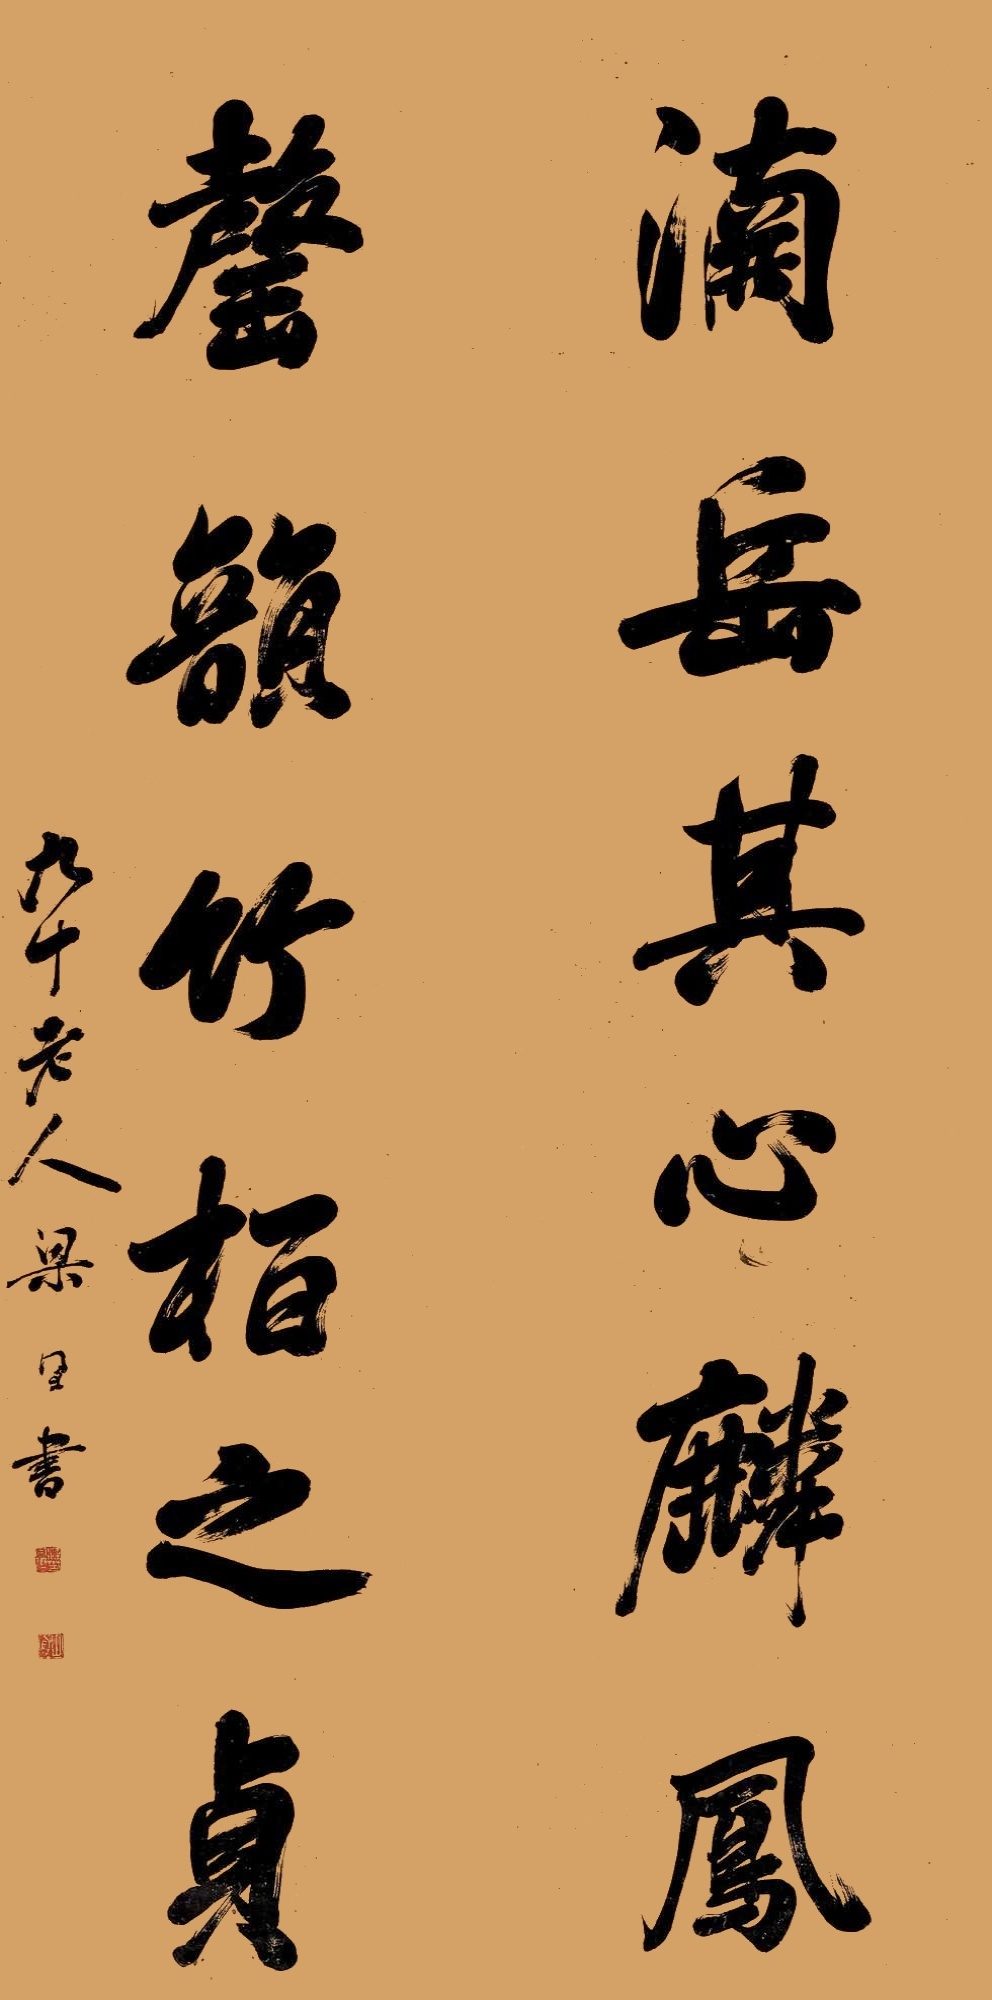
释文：渊岳其心麟凤，罄韵竹柏之贞。九十老人梁同书书。